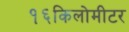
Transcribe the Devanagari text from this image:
१६किलोमीटर